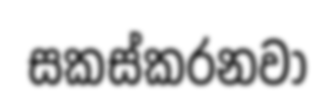
සකස්කරනවා